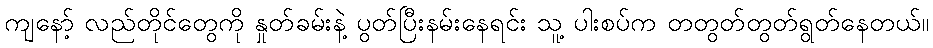
ကျနော့် လည်တိုင်တွေကို နှုတ်ခမ်းနဲ့ ပွတ်ပြီးနမ်းနေရင်း သူ့ ပါးစပ်က တတွတ်တွတ်ရွတ်နေတယ်။